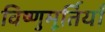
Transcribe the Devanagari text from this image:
विष्णुमूर्तियाँ